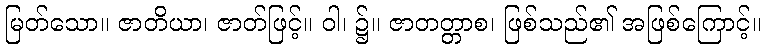
မြတ်သော။ ဇာတိယာ၊ ဇာတ်ဖြင့်။ ဝါ၊ ၌။ ဇာတတ္တာစ၊ ဖြစ်သည်၏ အဖြစ်ကြောင့်။